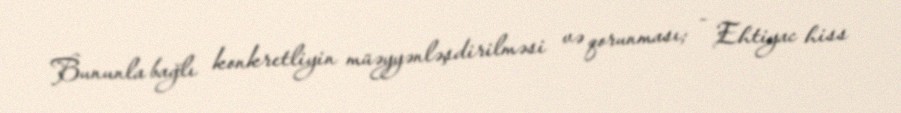
Bununla bağlı konkretliyin müəyyənləşdirilməsi və qorunması; - Ehtiyac hiss